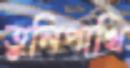
তুলিপাখি